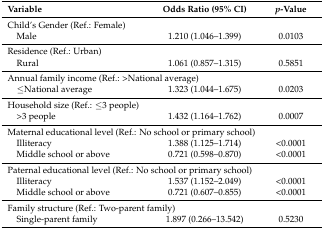
<table><thead><tr><td><b>Variable</b></td><td><b>Odds Ratio (95% CI)</b></td><td><b><i>p</i>-Value</b></td></tr></thead><tbody><tr><td colspan="2">Child’s Gender (Ref.: Female)</td><td></td></tr><tr><td> Male</td><td>1.210 (1.046–1.399)</td><td>0.0103</td></tr><tr><td colspan="2">Residence (Ref.: Urban)</td><td></td></tr><tr><td> Rural</td><td>1.061 (0.857–1.315)</td><td>0.5851</td></tr><tr><td colspan="2">Annual family income (Ref.: &gt;National average) </td><td></td></tr><tr><td> ≤National average</td><td>1.323 (1.044–1.675)</td><td>0.0203</td></tr><tr><td colspan="2">Household size (Ref.: ≤3 people)</td><td></td></tr><tr><td> &gt;3 people</td><td>1.432 (1.164–1.762)</td><td>0.0007</td></tr><tr><td colspan="3">Maternal educational level (Ref.: No school or primary school)</td></tr><tr><td> Illiteracy</td><td>1.388 (1.125–1.714)</td><td>&lt;0.0001</td></tr><tr><td> Middle school or above</td><td>0.721 (0.598–0.870)</td><td>&lt;0.0001</td></tr><tr><td colspan="3">Paternal educational level (Ref.: No school or primary school)</td></tr><tr><td> Illiteracy</td><td>1.537 (1.152–2.049)</td><td>&lt;0.0001</td></tr><tr><td> Middle school or above</td><td>0.721 (0.607–0.855)</td><td>&lt;0.0001</td></tr><tr><td colspan="2">Family structure (Ref.: Two-parent family)</td><td></td></tr><tr><td> Single-parent family</td><td>1.897 (0.266–13.542)</td><td>0.5230</td></tr></tbody></table>